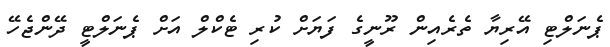
ޕެނަލްޓި އޭރިޔާ ތެރެއިން ރޫނީގެ ފަޔަށް ކުރި ޓެކްލް އަށް ޕެނަލްޓީ ދޭންޖެހޭ